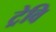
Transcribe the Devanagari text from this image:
ट्रेवि